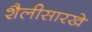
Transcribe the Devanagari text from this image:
शैलीसारखे